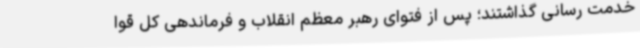
خدمت رسانی گذاشتند؛ پس از فتوای رهبر معظم انقلاب و فرماندهی کل قوا